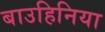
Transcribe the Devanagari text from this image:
बाउहिनिया